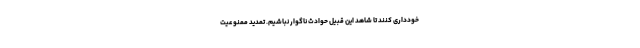
خودداری کنند تا شاهد این قبیل حوادث ناگوار نباشیم. تمدید ممنوعیت